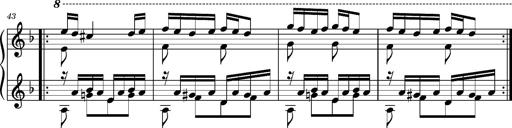
Title: Ungarischer Romanzero
Composer: Franz Liszt